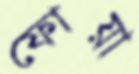
ফোয়া